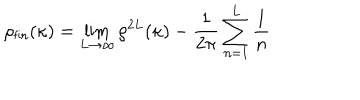
\rho _ { \textsf { f i n } } ( \kappa ) = \lim _ { L \to \infty } \rho ^ { 2 L } ( \kappa ) - \frac { 1 } { 2 \pi } \sum _ { n = 1 } ^ { L } \frac { 1 } { n }